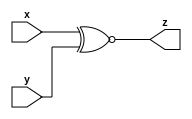

//Model to XNOR Gate

module xnorgate(x,y,z);

input x,y;
output z;

assign z=(x~^y);

endmodule